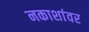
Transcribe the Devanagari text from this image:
नकाशांवर